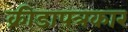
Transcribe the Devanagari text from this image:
क्रीडापत्रकार